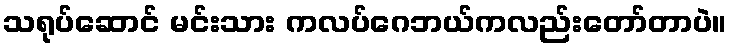
သရုပ်ဆောင် မင်းသား ကလပ်ဂေဘယ်ကလည်းတော်တာပဲ။